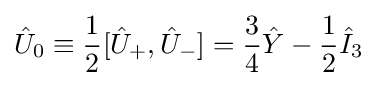
{\hat {U}}_{0}\equiv {\frac {1}{2}}[{\hat {U}}_{+},{\hat {U}}_{-}]={\frac {3}{4}}{\hat {Y}}-{\frac {1}{2}}{\hat {I}}_{3}